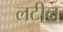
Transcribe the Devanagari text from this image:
लटीन